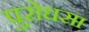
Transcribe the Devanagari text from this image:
पुरोधसा